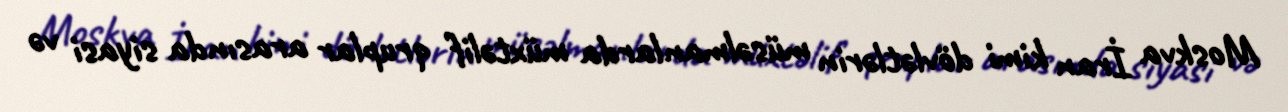
Moskva İran kimi dövlətlərin müsəlmanlarda müxtəlif qruplar arasında siyasi və